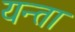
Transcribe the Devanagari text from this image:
यन्ता